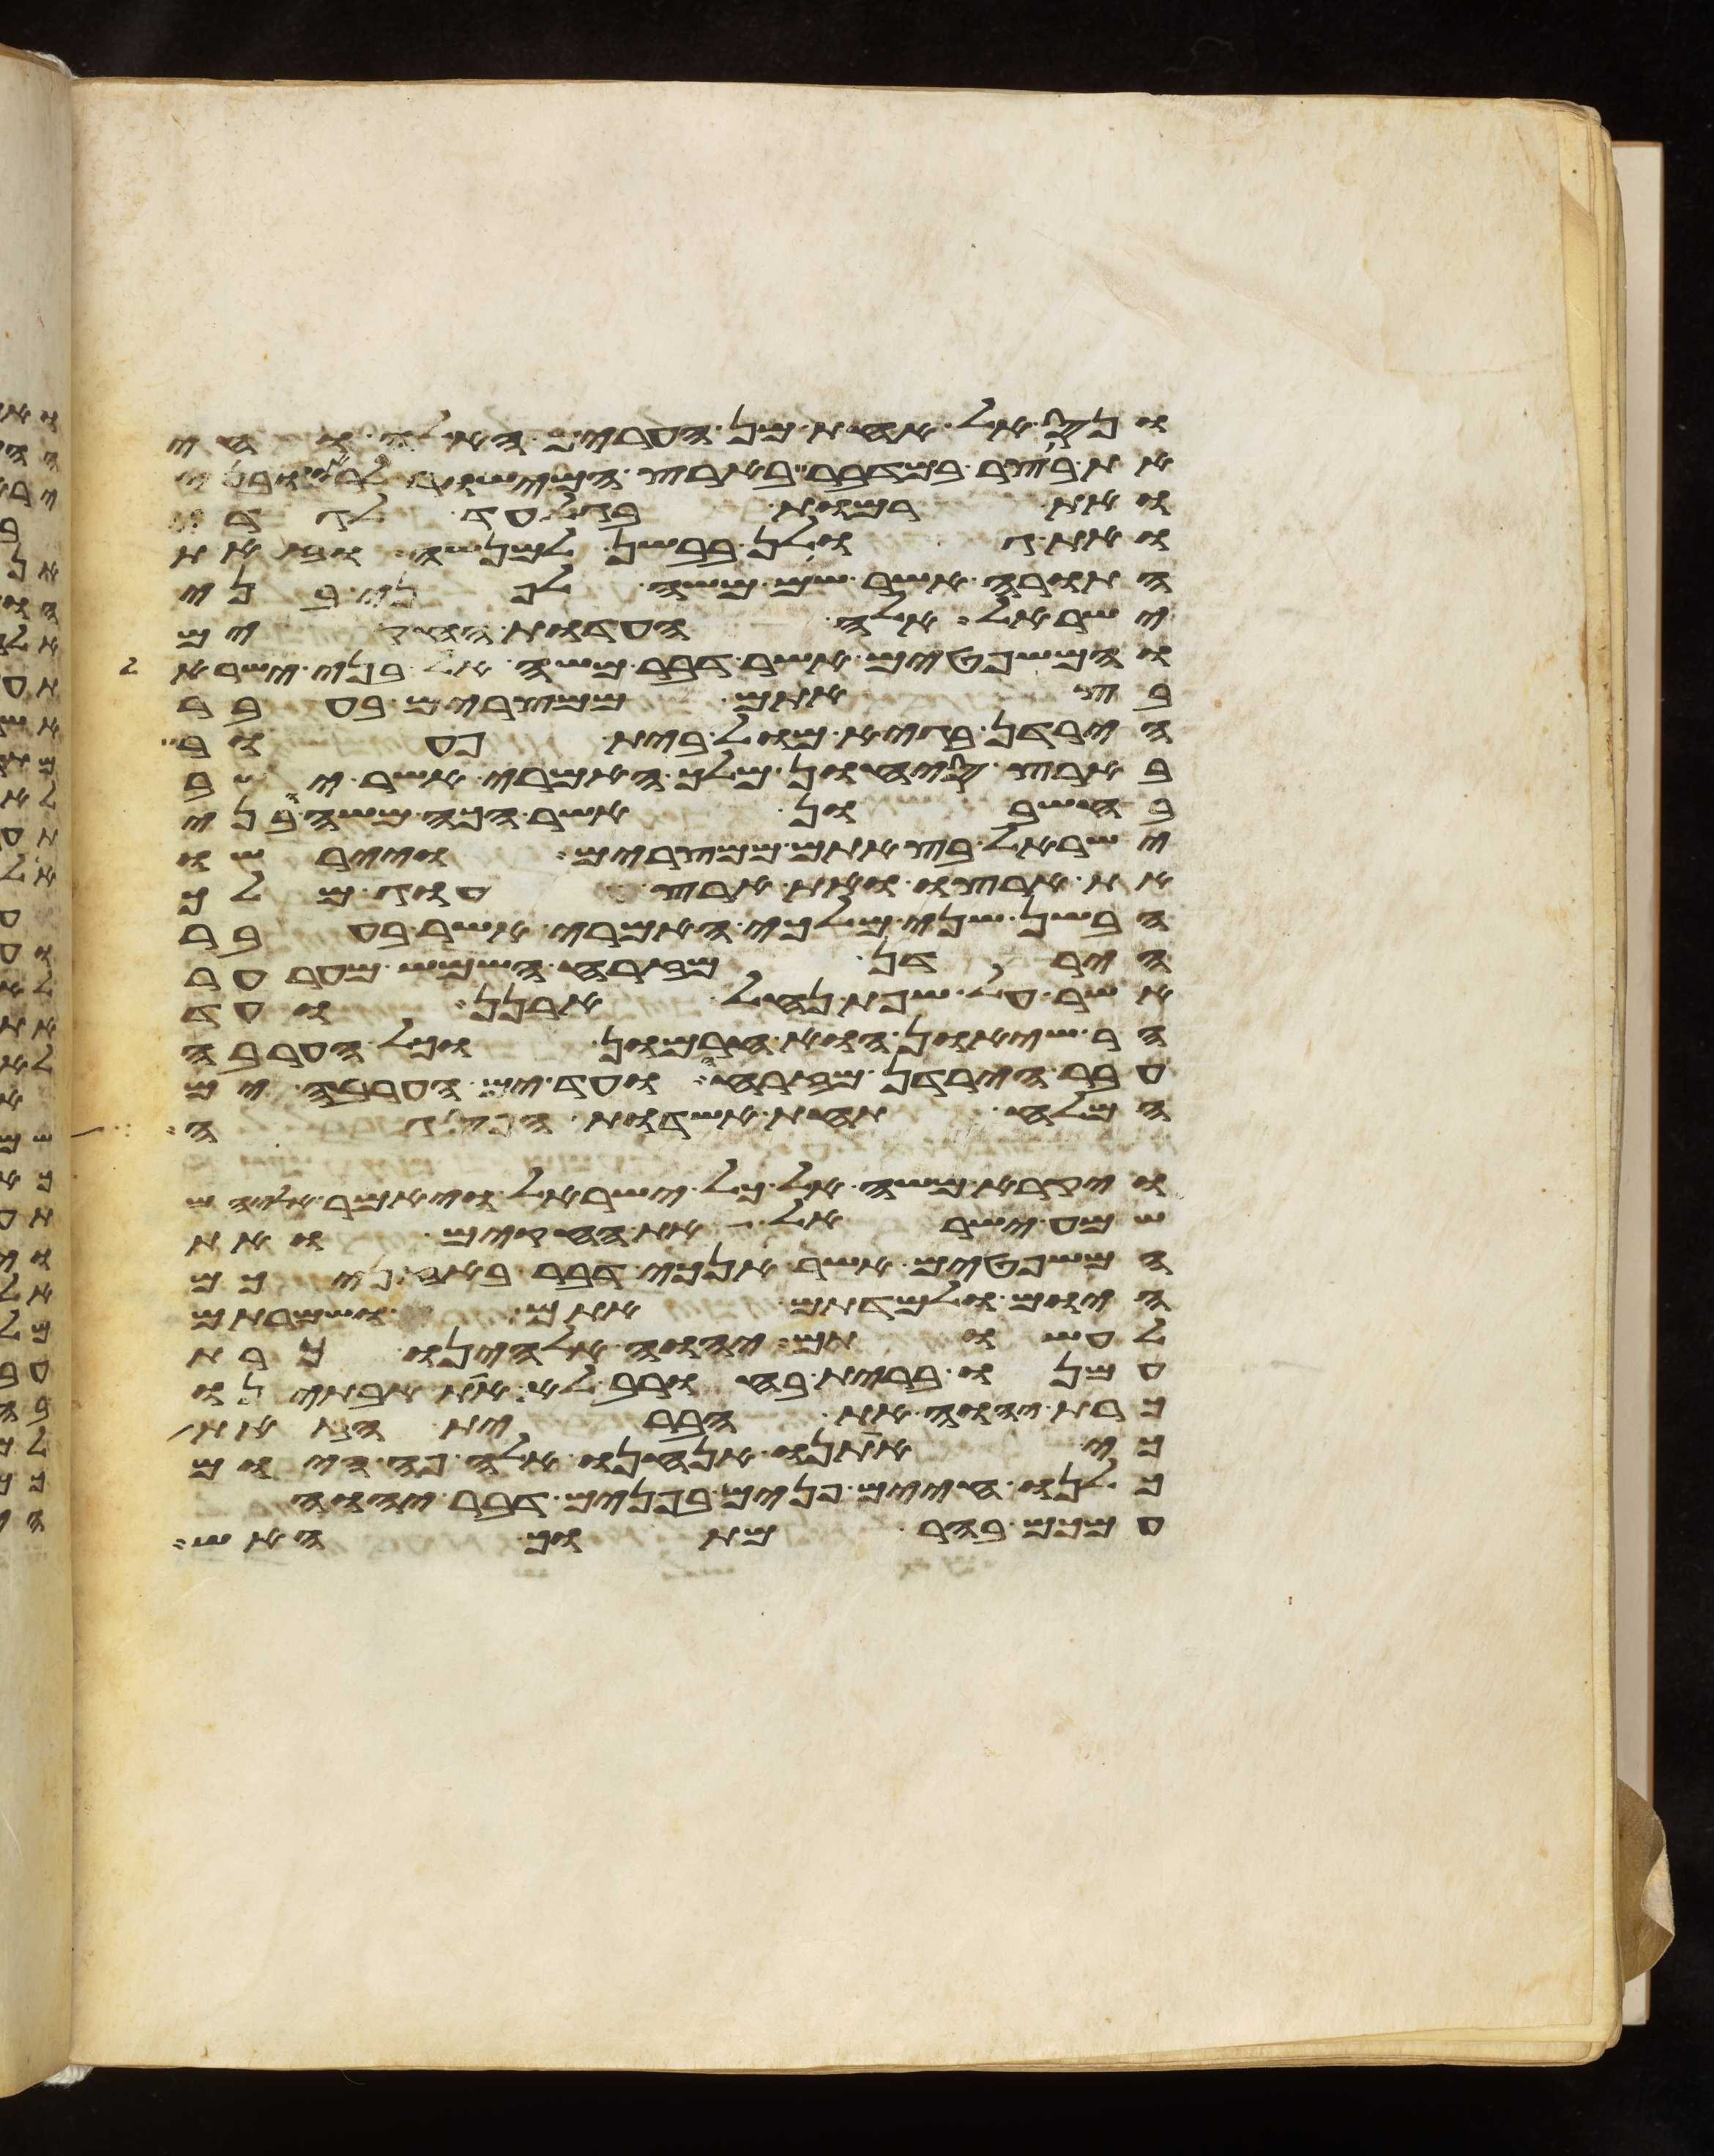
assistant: ונס אל אחת מן הערים האלה וחי
את בוצר במדבר בארץ המישור לראובני
ואת רמות בגלעד לגדי
ואת גולן בבשן למנשה וזאת
התורה אשר שם משה לפני בני
ישראל אלה העדות החקים
והמשפטים אשר דבר משה אל בני ישראל
בצאתם ממצרים בעבר
הירדן בגיא מול בית פעור
בארץ סיחון מלך האמרי אשר ישב
בחשבון אשר הכה משה ובני
ישראל בצאתם ממצרים ויירשו
את ארצו ואת ארץ עוג מלך
הבשן שני מלכי האמרי אשר בעבר
הירדן מזרח השמש מערער
אשר על שפת נחל ארנן ועד
הר שיאון הוא חרמון וכל הערבה
עבר הירדן מזרחה ועד ים הערבה ים
המלח תחת אשדות הפסגה
ויקרא משה אל כל ישראל ויאמר אליהם
שמע ישראל את החקים ואת
המשפטים אשר אנכי דבר באזניכם
היום ולמדתם אתם ושמרתם
לעשותם יהוה אלהינו כרת
עמנו ברית בחורב לא את אבתינו
כרת יהוה את הברית הזאת
כי אתנו אנחנו אלה פה היום
כלנו חיים פנים בפנים דבר יהוה
עמכם בהר מתוך האש